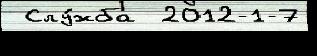
 Слу́жба  2012-1-7